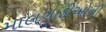
માલગાડીઓની